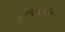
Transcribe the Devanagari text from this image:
अविशवशनीय